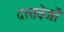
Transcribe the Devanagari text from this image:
दस्तवेजों